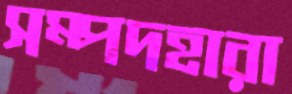
সম্পদহারা